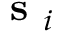
\textbf { s } _ { i }